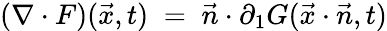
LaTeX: (\nabla\cdot F)({\vec{x}},t)\; =\; {\vec{n}}\cdot\partial_{1}G({\vec{x}}\cdot{\vec{n}},t)